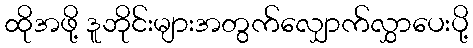
ထိုအဖို့ ဒူဘိုင်းများအတွက်လျှောက်လွှာပေးပို့